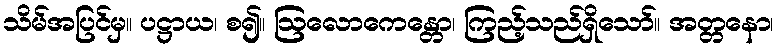
သိမ်အပြင်မှ။ ပဋ္ဌာယ၊ စ၍။ ဩလောကေန္တော၊ ကြည့်သည်ရှိသော်။ အတ္တနော၊